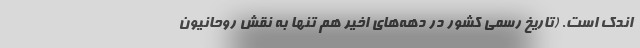
اندک است. (تاریخ رسمی کشور در دهه‌های اخیر هم تنها به نقش روحانیون